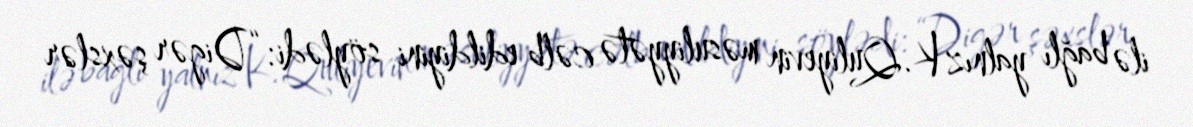
ilə bağlı yalnız K.Quliyevin məsuliyyətə cəlb edildiyini söylədi: “Digər şəxslər